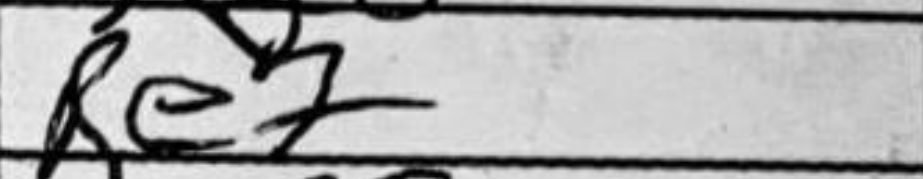
Transcription: Re7